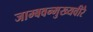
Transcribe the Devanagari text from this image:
जाम्बवन्मुख्यवीरै